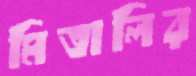
মিতালির